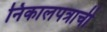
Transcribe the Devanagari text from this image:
निकालपत्राची